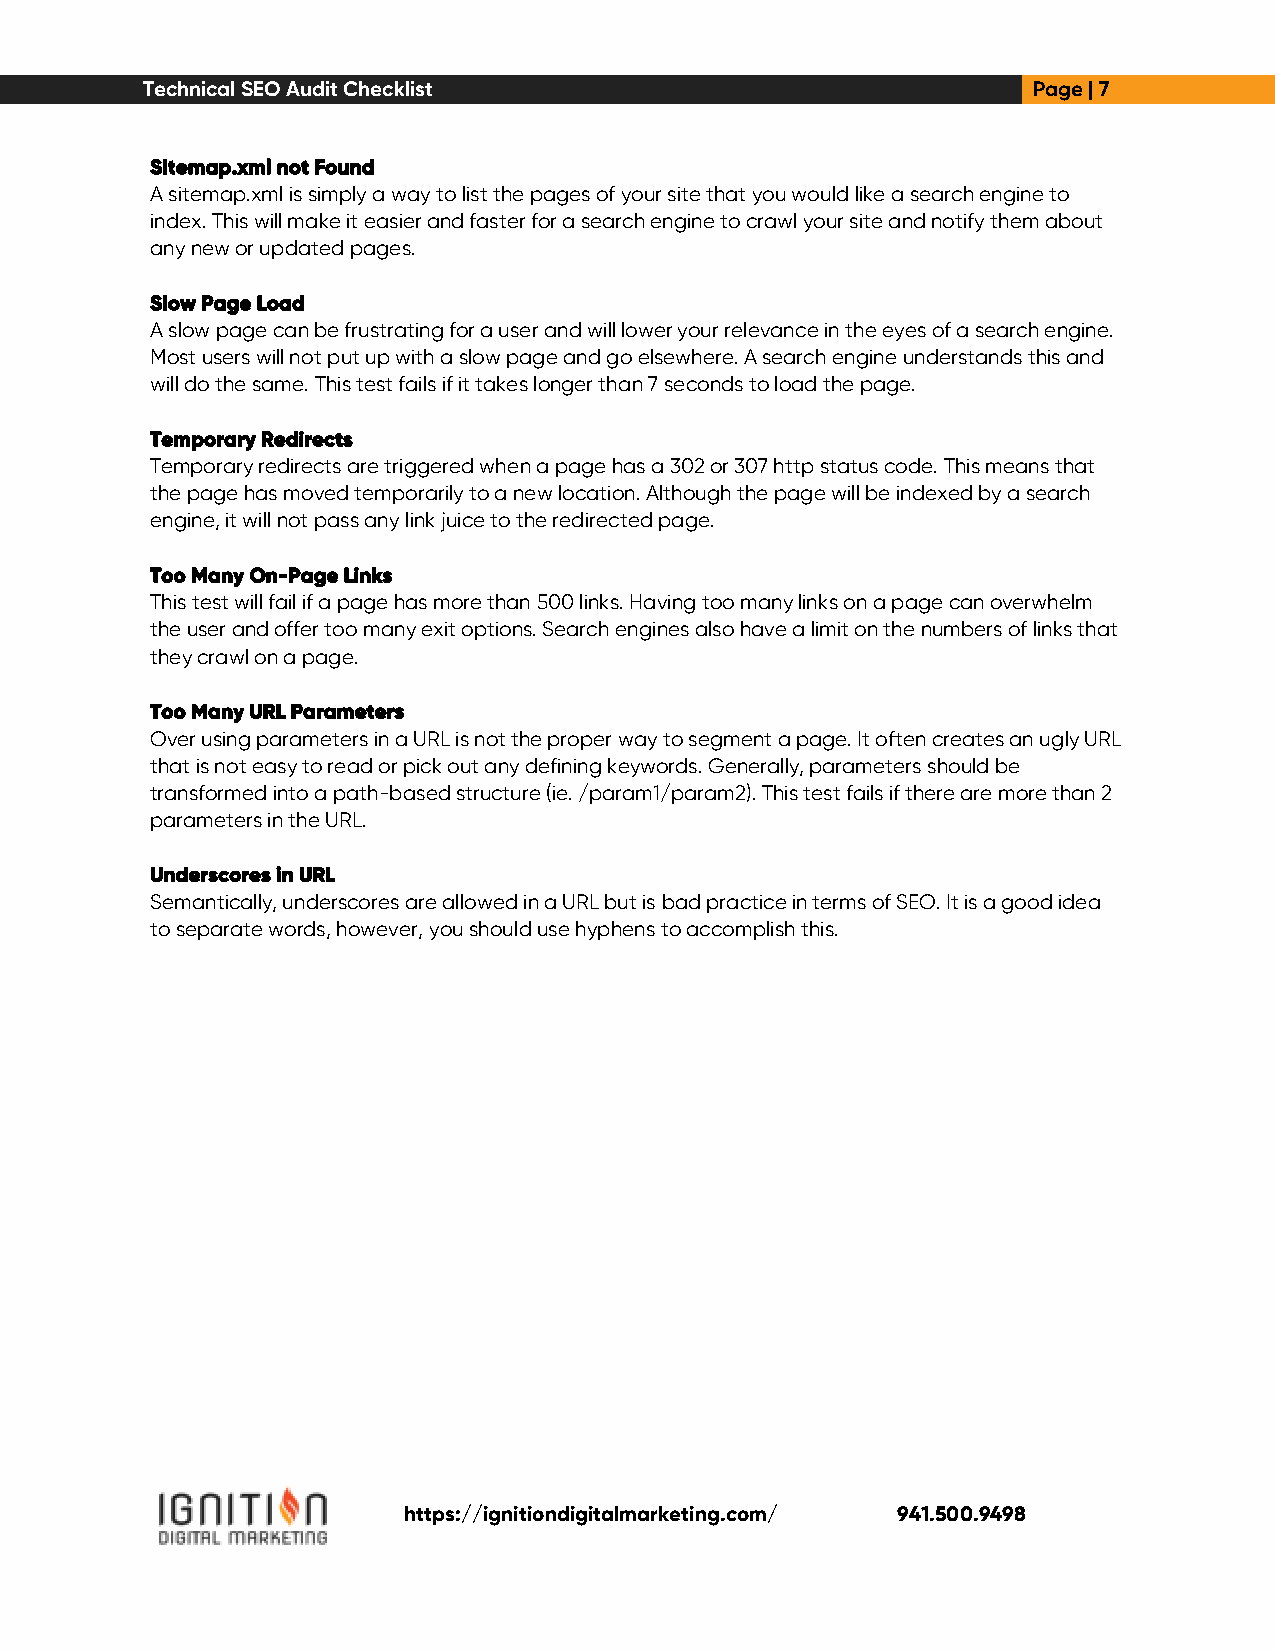
Technical SEO Audit Checklist                              Page | 7
 Sitemap.xml not Found
 A sitemap.xml is simply a way to list the pages of your site that you would like a search engine to
 index. This will make it easier and faster for a search engine to crawl your site and notify them about
 any new or updated pages.
 Slow Page Load
 A slow page can be frustrating for a user and will lower your relevance in the eyes of a search engine.
 Most users will not put up with a slow page and go elsewhere. A search engine understands this and
 will do the same. This test fails if it takes longer than 7 seconds to load the page.
 Temporary Redirects
 Temporary redirects are triggered when a page has a 302 or 307 http status code. This means that
 the page has moved temporarily to a new location. Although the page will be indexed by a search
 engine, it will not pass any link juice to the redirected page.
 Too Many On-Page Links
 This test will fail if a page has more than 500 links. Having too many links on a page can overwhelm
 the user and offer too many exit options. Search engines also have a limit on the numbers of links that
 they crawl on a page.
 Too Many URL Parameters
 Over using parameters in a URL is not the proper way to segment a page. It often creates an ugly URL
 that is not easy to read or pick out any defining keywords. Generally, parameters should be
 transformed into a path-based structure (ie. /param1/param2). This test fails if there are more than 2
 parameters in the URL.
 Underscores in URL
 Semantically, underscores are allowed in a URL but is bad practice in terms of SEO. It is a good idea
 to separate words, however, you should use hyphens to accomplish this.
 https://ignitiondigitalmarketing.com/ 941.500.9498